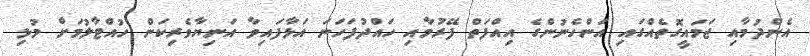
އެންދުމާއި ޖަމައީގޮތެއްގައި އަންހެނުންގެ އިއްފަތް ފޭރުމާއި ހައްދުފަހަނަ އަޅާފައިވާ އަނިޔާވެރިކަން ހުއްޓާލުމަށް މުޅި